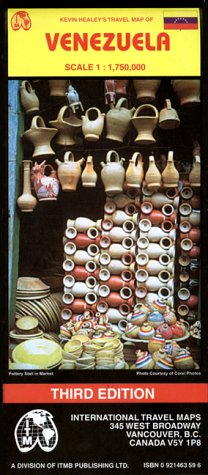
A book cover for Venezuela (Travel Reference Map); International Travel maps; Travel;